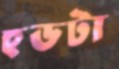
হুডটা